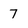
Character: 7